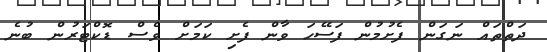
ދަތްތައް ނަގަން ފެށުމުން ފަސޭހަ ވާން ފެށި ކަމަށް ވެސް ޑޮކްޓަރުން ބުނެ